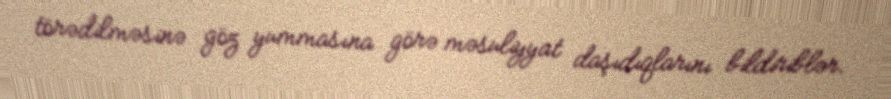
törədilməsinə göz yummasına görə məsuliyyat daşıdıqlarını bildiriblər.